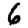
Digit: 6